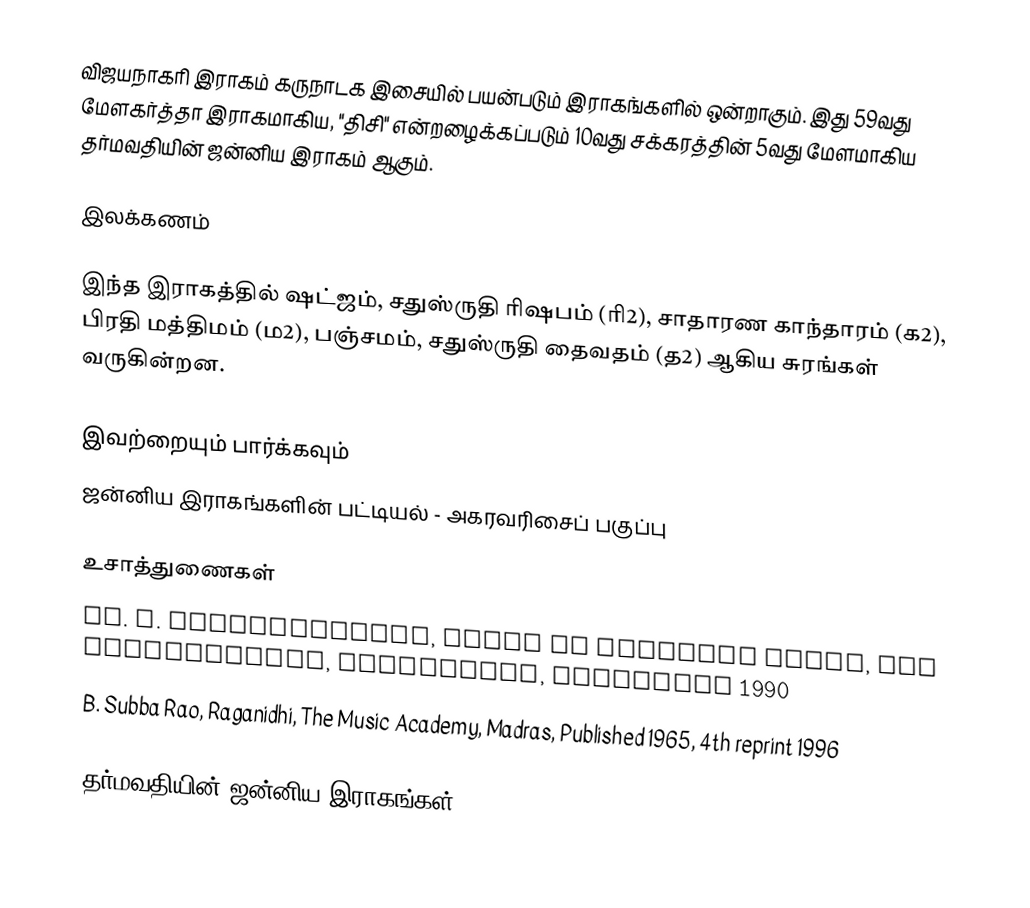
விஜயநாகரி இராகம் கருநாடக இசையில் பயன்படும் இராகங்களில் ஒன்றாகும். இது 59வது மேளகர்த்தா இராகமாகிய, "திசி" என்றழைக்கப்படும் 10வது சக்கரத்தின் 5வது மேளமாகிய தர்மவதியின் ஜன்னிய இராகம் ஆகும்.

இலக்கணம்

இந்த இராகத்தில் ஷட்ஜம், சதுஸ்ருதி ரிஷபம் (ரி2),  சாதாரண காந்தாரம் (க2), பிரதி மத்திமம் (ம2), பஞ்சமம்,  சதுஸ்ருதி தைவதம் (த2) ஆகிய சுரங்கள் வருகின்றன.

இவற்றையும் பார்க்கவும்
 ஜன்னிய இராகங்களின் பட்டியல் - அகரவரிசைப் பகுப்பு

உசாத்துணைகள்
 Dr. S. Bhagyalekshmy, Ragas in Carnatic Music, CBH Publications, Trivandrum, Published 1990
 B. Subba Rao, Raganidhi, The Music Academy, Madras, Published 1965, 4th reprint 1996

தர்மவதியின் ஜன்னிய இராகங்கள்